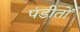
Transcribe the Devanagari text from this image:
पंडीतों